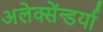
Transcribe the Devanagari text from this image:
अलेक्सेंन्डर्या